system: You are a helpful assistant.
user:
Analyze the provided spectrum to determine if it is a **"Cataclysmic Variables (CV)"**.

- **Key Indicators for CV (Check for either state):**
    - **State 1: Quiescent / Low-State (Emission-Dominated)**
        - **(Primary):** Strong and *very broad* Hydrogen Balmer emission lines (e.g., $H\alpha$ at 6563 Å, $H\beta$ at 4861 Å). The 'broadness' (high velocity dispersion, often FWHM > 1000 km/s) is the key diagnostic, indicating a high-velocity accretion disk.
        - **(Secondary):** Broad neutral Helium (He I) emission lines (e.g., 5876 Å, 6678 Å).
        - **(Key Confirmation):** Presence of high-excitation *ionized* Helium (He II) emission at 4686 Å. This is a strong indicator of accretion onto a white dwarf.
        - **(Line Profile):** Emission lines may exhibit a 'double-peaked' profile, which is a classic signature of a rotating accretion disk viewed at high inclination.

    - **State 2: Outburst / High-State (Absorption-Dominated)**
        - **(Primary):** Spectrum is dominated by a bright, blue continuum (looks like a hot star).
        - **(Secondary):** The emission lines from State 1 are weak, absent, or 'filled in', and are replaced by broad, shallow *absorption* lines (primarily Balmer and He I).
        - **(Morphology):** The overall spectrum mimics a hot B/A-type star. The crucial difference is that the absorption lines are significantly broader, shallower, and more 'washed-out' (or 'smeared') than the sharp lines of a normal stellar photosphere, due to high rotational speeds and pressure broadening in the disk.

Think first, call **spectral_visualization_tool** if needed to examine features in detail, then provide your final answer. Your response must adhere to the following strict rules:
1.  **Overall Structure:** Your response must follow the format `<think>...</think> <tool_call>...</tool_call> (if a tool is used) <answer>...</answer>`.
2.  **Tool Usage Constraint:** You may only make **one** tool call per turn.
3.  **Final Answer Format:** In the `<answer>` tag, your conclusion must be inside a `\boxed{}` command (e.g., `\boxed{YES}`), followed by your justification.

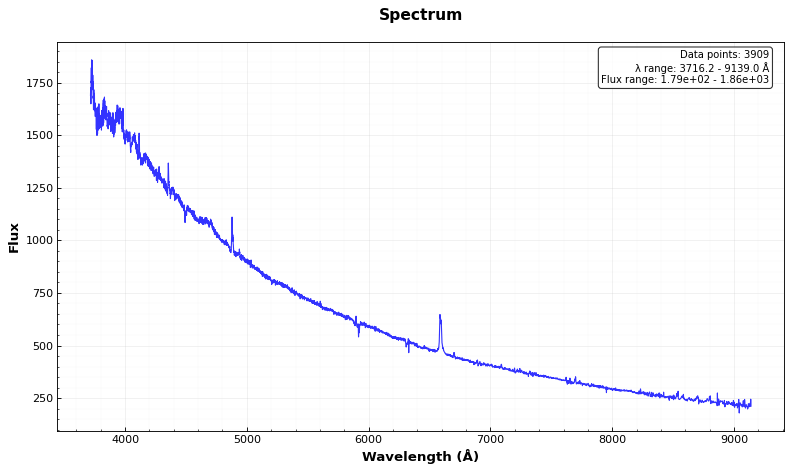
Answer: YES